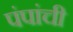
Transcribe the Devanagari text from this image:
पंपांची